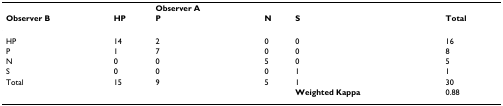
|  |  | Observer A |  |  |  |
 | Observer B | HP | P | N | S | Total |
 | --- | --- | --- | --- | --- | --- |
 | HP | 14 | 2 | 0 | 0 | 16 |
 | P | 1 | 7 | 0 | 0 | 8 |
 | N | 0 | 0 | 5 | 0 | 5 |
 | S | 0 | 0 | 0 | 1 | 1 |
 | Total | 15 | 9 | 5 | 1 | 30 |
 |  |  |  |  | Weighted Kappa | 0.88 |